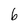
Character: b